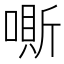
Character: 𠼹